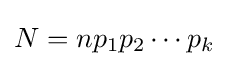
N=np_{1}p_{2}\cdots p_{k}